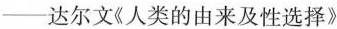
—达尔文《人类的由来及性选择》